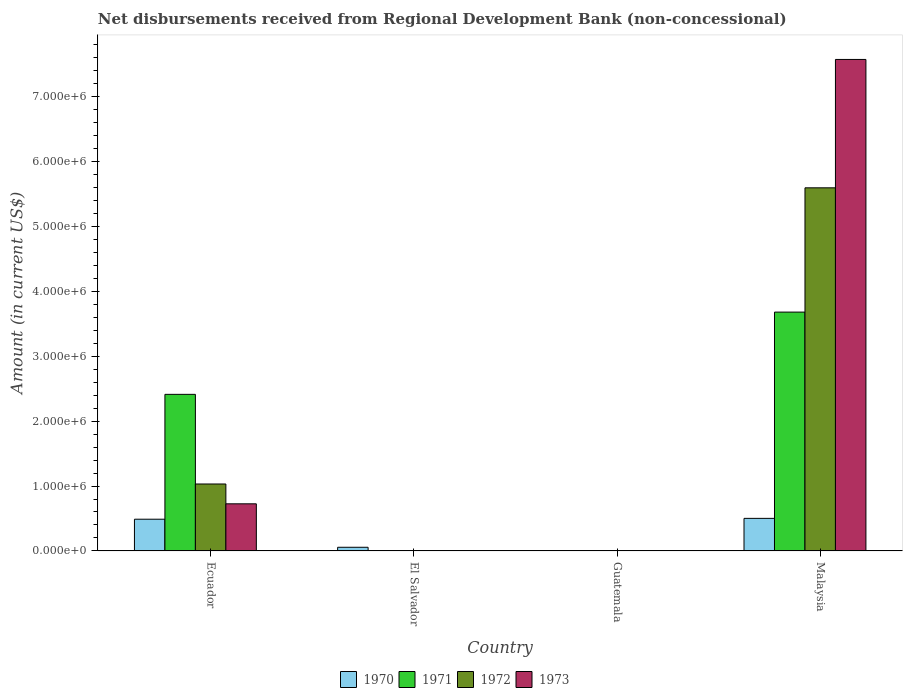
| Country | 1970 | 1971 | 1972 | 1973 |
 | --- | --- | --- | --- | --- |
 | Ecuador | 4.89e+05 | 2.41e+06 | 1.03e+06 | 7.26e+05 |
 | El Salvador | 5.7e+04 | -5.75e+05 | -6.81e+05 | -8.43e+05 |
 | Guatemala | -6.56e+05 | -7.82e+05 | -6.27e+05 | -6.41e+05 |
 | Malaysia | 5.02e+05 | 3.68e+06 | 5.59e+06 | 7.57e+06 |